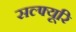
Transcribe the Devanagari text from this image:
सल्फ्यूरि